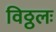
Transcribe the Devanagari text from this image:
विठ्ठलः